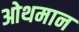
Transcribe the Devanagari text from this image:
ओथमान